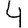
Digit: 4